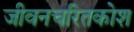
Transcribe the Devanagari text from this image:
जीवनचरितकोश